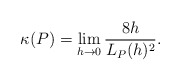
\begin{align*} \begin{aligned} \kappa(P)=\lim_{h\rightarrow 0} \frac{8h}{L_P(h)^2}. \end{aligned} \end{align*}